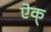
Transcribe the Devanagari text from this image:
ऐक्